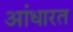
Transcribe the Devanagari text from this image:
आंधारत